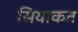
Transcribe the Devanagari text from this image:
सियाकत